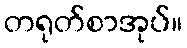
တရုတ်စာအုပ်။